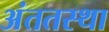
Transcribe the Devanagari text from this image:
अंततस्था